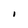
Character: I